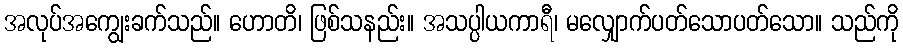
အလုပ်အကျွေးခက်သည်။ ဟောတိ၊ ဖြစ်သနည်း။ အသပ္ပါယကာရီ၊ မလျှောက်ပတ်သောပတ်သော။ သည်ကို